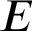
E